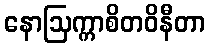
နောဩက္ကာစိတဝိနီတာ